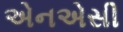
એનએસી